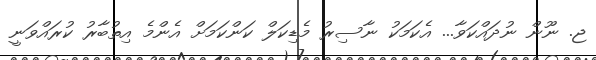
ޖ. ނޫން ނުދައްކަވާ... އެކަމަކު ނާސިރު މެޑިކަލް ކަންކަމަށް އެންމެ އިތުބާރު ކުރައްވަނީ